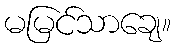
မမြင်သာချေ။